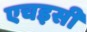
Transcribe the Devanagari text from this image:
एचइसी